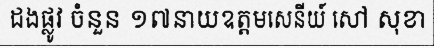
ដងផ្លូវ ចំនួន ១៧នាយឧត្តមសេនីយ៍ សៅ សុខា